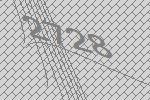
2728